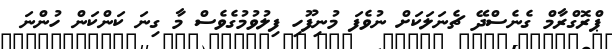
ޕްރޮގްރާމް ގެނެސްދޭ ޗެނަލަކަށް ނުވެފަ މުނިފޫހި ފިލުވުމުގެވެސް މާ ގިނަ ކަންކަން ހުންނަ